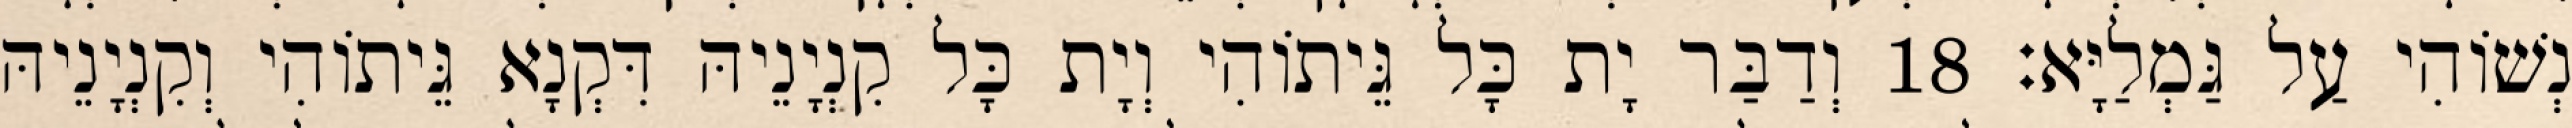
נְשׁוֹהִי עַל גַּמְלַיָּא׃ 18 וְדַבַּר יָת כָּל גֵּיתוֹהִי וְיָת כָּל קִנְיָנֵיהּ דִּקְנָא גֵּיתוֹהִי וְקִנְיָנֵיהּ